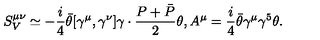
S _ { V } ^ { \mu \nu } \simeq - \frac { i } { 4 } \bar { \theta } [ \gamma ^ { \mu } , \gamma ^ { \nu } ] \gamma \cdot \frac { P + \bar { P } } { 2 } \theta , A ^ { \mu } = \frac { i } { 4 } \bar { \theta } \gamma ^ { \mu } \gamma ^ { 5 } \theta .